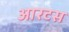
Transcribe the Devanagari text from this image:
आरटस